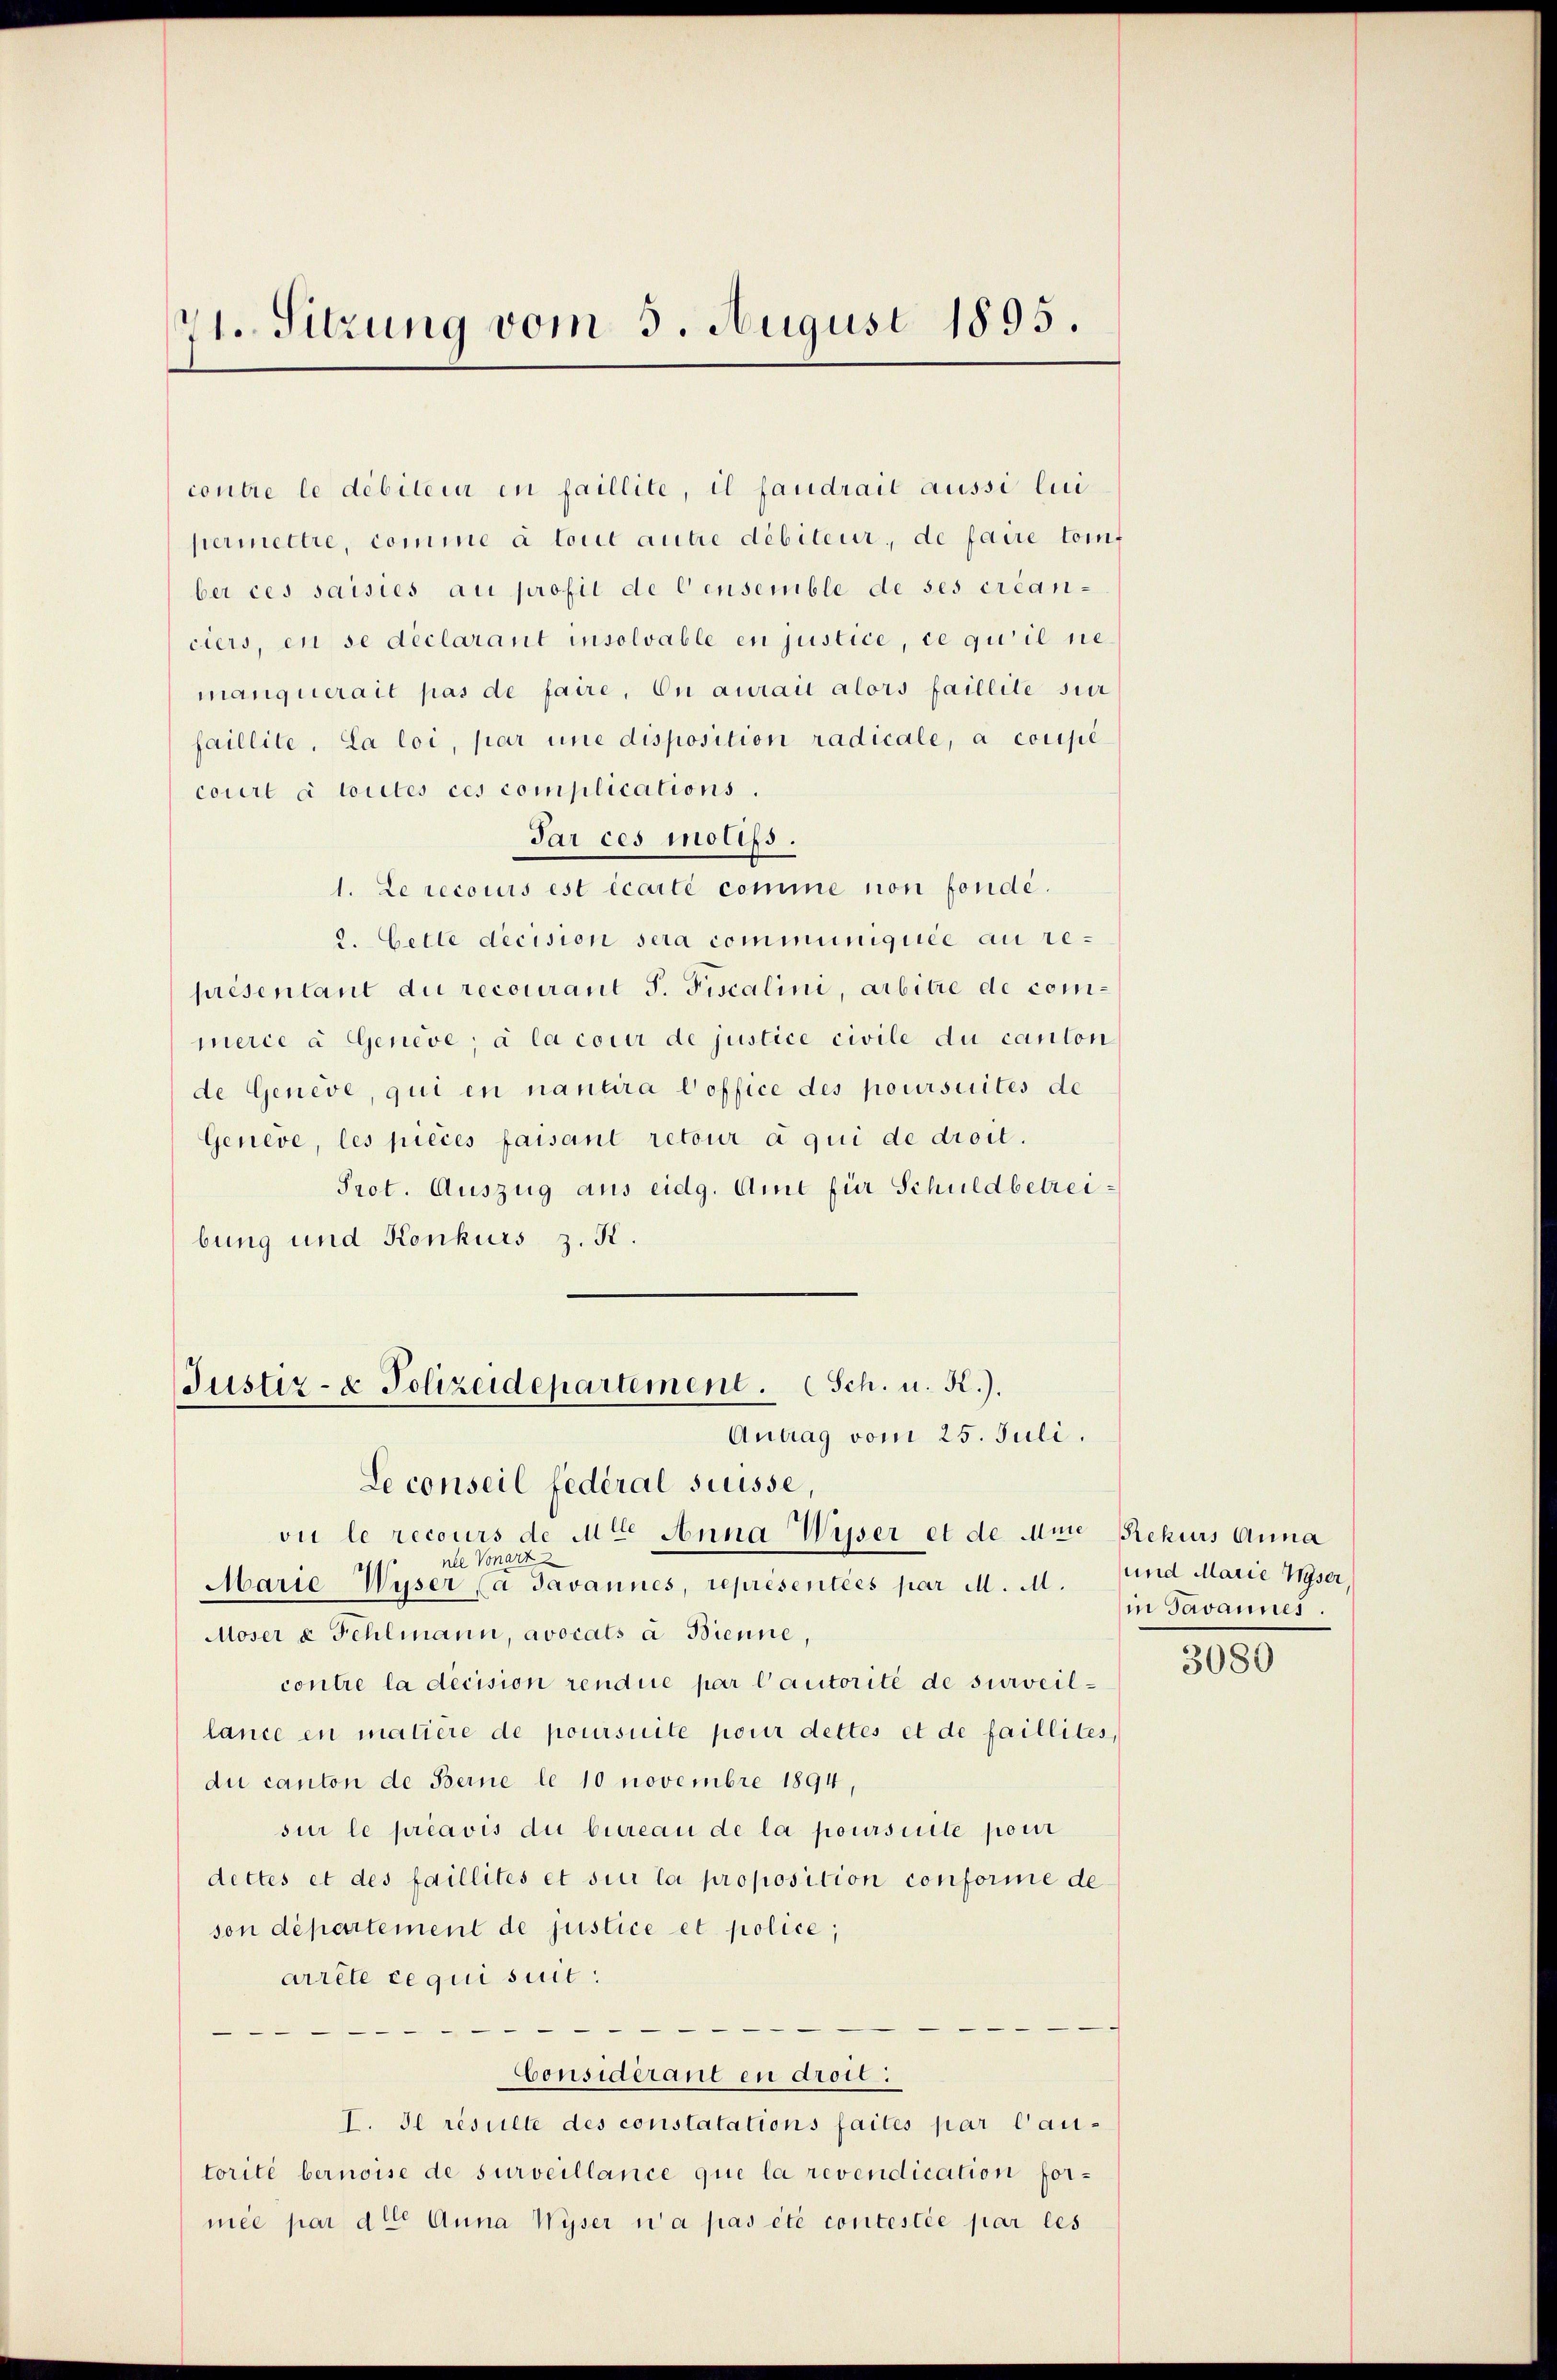
71. Sitzung vom 5. August 1895.

contre le débiteur en faillite, il faudrait aussi lui
permettre, comme à tout autre débiteur, de faire toif
ber ces saisies au profil de Censemble de ses créan-
ciers, en se declarant insolvable en justice, ce qui il ne
manquerait pas de faire, on aurait alors faillite sur
faillite. La loi, par une disposition radicale, à coupe
court à toutes ces complications.
Par ces molifs.
1. Le recours est écarté comme non fonde.
2. Cette decision sera communiquée au représentant du recourant S. Fiscalini, arbitre de commerce à Geneve; à la cour de justice civile du canton
de Geneve, qui en nantira Coffice des poursuites de
Geneve, les pièces faisant retour à qui de droit.
Prot. Auszug aus eidg. Amt für Schuldbetreibung und Konkurs z. K.

Justiz- & Polizeidepartement. Sch. u. K.).
Antrag vom 25. Juli.

Le conseil fédéral süsse
vie le recours de Mit Anna Wisser et de Mute
nle Vonart
Marie Wyser (a Javannes, representées par M. M.
Moser u Fehlmann, avocats à Bienne,
contre la decision rendue par l’autorité de surveillance en matiere de poursuite pour dettes et de faillites,
du canton de Berne le 10 novembre 1894,
sur le préavis du bureau de la poursuite pour
dettes et des faillités et sur la proposition conforme de
son département de justice et police;
arrête ce qui suit:

Considérant en droit.
I. Il résulte des constatations faites par Cautorité bernoise de surveillance que la revendication formee par die Anna Wyser n’a pas été contestée par les

Rekurs Anna
und Marie Myser,
in Javannes.

3080